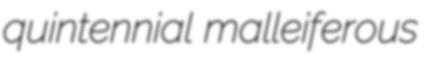
quintennial malleiferous